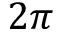
2 \pi